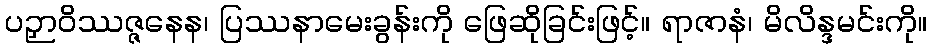
ပဉှာဝိဿဇ္ဇနေန၊ ပြဿနာမေးခွန်းကို ဖြေဆိုခြင်းဖြင့်။ ရာဇာနံ၊ မိလိန္ဒမင်းကို။